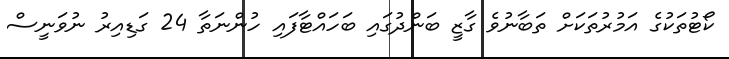
ކޯޓުތަކުގެ އަމުރުތަކަށް ތަބާނުވެ ގާޒީ ބަންދުގައި ބަހައްޓާފައި ހުންނަތާ 24 ގަޑިއިރު ނުވަނީސް